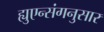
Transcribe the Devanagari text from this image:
ह्युएन्संगनुसार